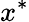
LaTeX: x^{*}